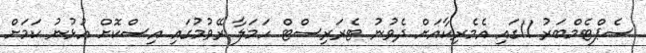
ސެޕްޓެމްބަރު 11ގައި އެމެރިކާއަށް ދެވުނު ޓެރަރިސްޓް ހަމަލާ ރޭވުމުގައި އިސްކޮށް އުޅުނު ކަމަށް